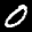
Label: 0